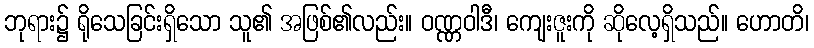
ဘုရား၌ ရိုသေခြင်းရှိသော သူ၏ အဖြစ်၏လည်း။ ဝဏ္ဏဝါဒီ၊ ကျေးဇူးကို ဆိုလေ့ရှိသည်။ ဟောတိ၊